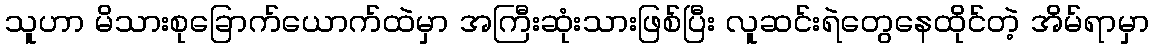
သူဟာ မိသားစုခြောက်ယောက်ထဲမှာ အကြီးဆုံးသားဖြစ်ပြီး လူဆင်းရဲတွေနေထိုင်တဲ့ အိမ်ရာမှာ